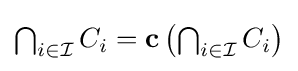
{\textstyle \bigcap _{i\in {\mathcal {I}}}C_{i}=\mathbf {c} \left(\bigcap _{i\in {\mathcal {I}}}C_{i}\right)}